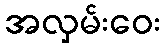
အလှမ်းဝေး